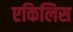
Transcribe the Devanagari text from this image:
एकिलिस